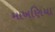
માખણિયા